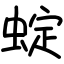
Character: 蝊